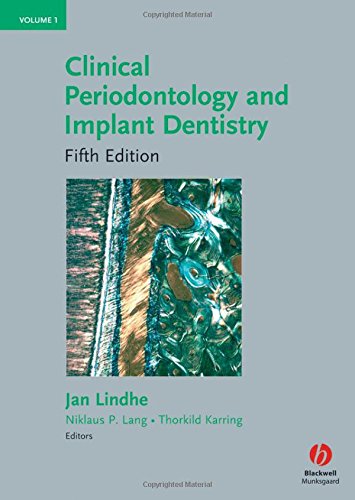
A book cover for Clinical Periodontology and Implant Dentistry, 2 Volumes; Jan Lindhe; Medical Books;